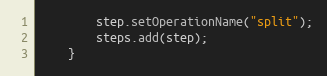
Language: Java
        step.setOperationName("split");
        steps.add(step);
    }